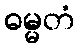
ဓမ္မတံ